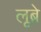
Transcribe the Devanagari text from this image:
लूब्रे